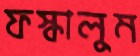
ফস্‌কালুম